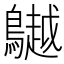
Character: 𪆧